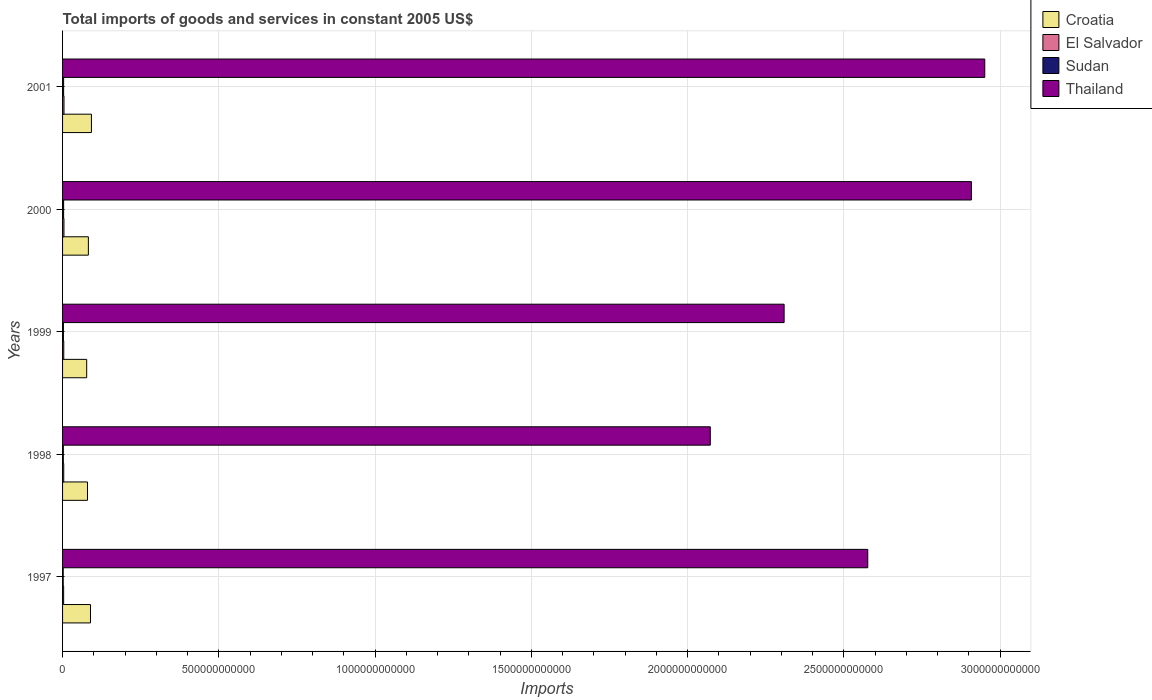
| Years | Croatia | El Salvador | Sudan | Thailand |
 | --- | --- | --- | --- | --- |
 | 1997 | 8.93e+10 | 3.44e+09 | 2.02e+09 | 2.58e+12 |
 | 1998 | 7.97e+10 | 3.76e+09 | 2.4e+09 | 2.07e+12 |
 | 1999 | 7.72e+10 | 3.86e+09 | 2.71e+09 | 2.31e+12 |
 | 2000 | 8.26e+10 | 4.42e+09 | 3.37e+09 | 2.91e+12 |
 | 2001 | 9.24e+10 | 4.61e+09 | 3.37e+09 | 2.95e+12 |